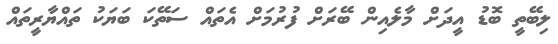
ލިބޭތީ ބޮޑު އީދަށް މާލެއިން ބޭރަށް ފުރުމަށް އެތައް ސަތޭކަ ބަޔަކު ތައްޔާރީތައް